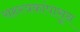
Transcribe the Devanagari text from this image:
सहस्त्रकांपासून